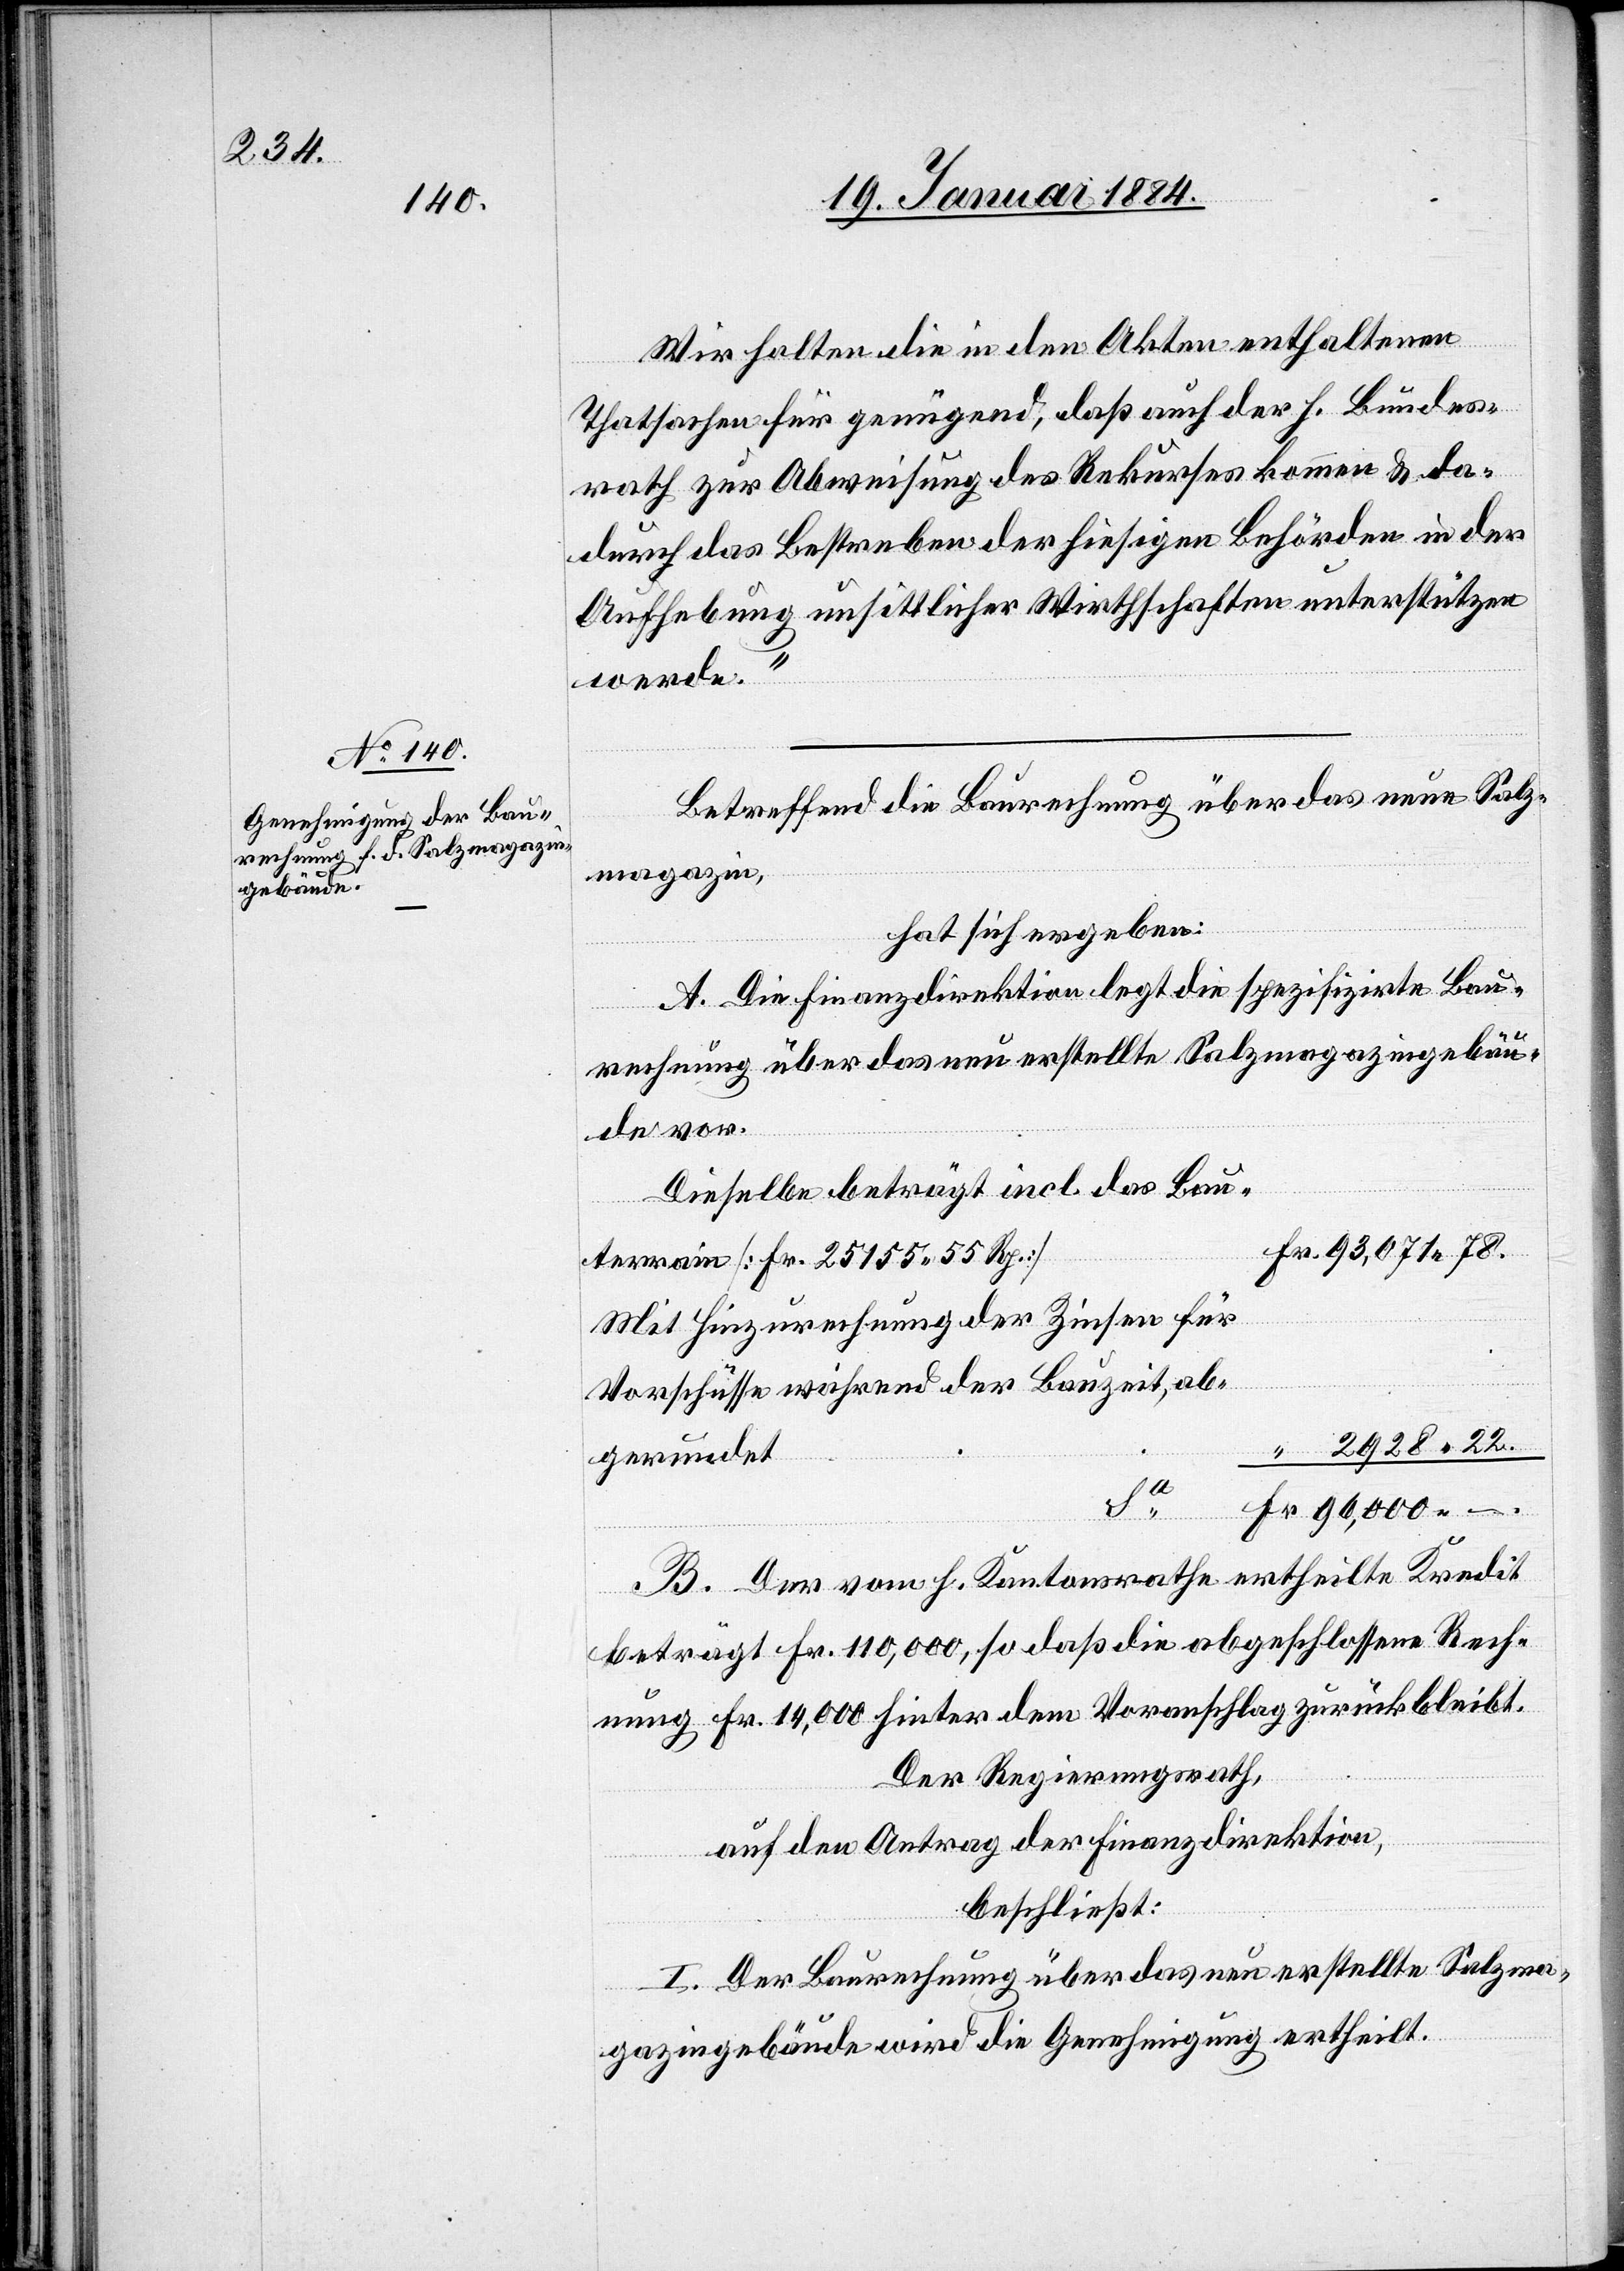
Wir halten die in den Akten enthaltenen
Thatsachen für genügend, daß auch der h. Bundes¬
rath zur Abweisung des Rekurses kommen & da¬
durch das Bestreben der hiesigen Behörden in der
Aufhebung unsittlicher Wirthschaften unterstützen
werde.“
Betreffend die Baurechnung über das neue Salz¬
magazin,
hat sich ergeben:
A. Die Finanzdirektion legt die spezifizirte Bau¬
rechnung über das neu erstellte Salzmagazingebäu¬
de vor.
Dieselbe beträgt incl. das Bau¬
terrain [Fr. 25 155 55 Rp.]
Mit Hinzurechnung der Zinsen für
Vorschüsse während der Bauzeit, ab¬
gerundet
–.
B. Der vom h. Kantonsrathe ertheilte Kredit
beträgt Fr. 110,000, so daß die abgeschlossene Rech¬
nung Fr. 14,000 hinter dem Voranschlag zurückbleibt.
Der Regierungsrath,
auf den Antrag der Finanzdirektion,
beschließt:
I. Der Baurechnung über das neu erstellte Salzma¬
gazingebäude wird die Genehmigung ertheilt.